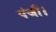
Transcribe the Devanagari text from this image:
पंजी।